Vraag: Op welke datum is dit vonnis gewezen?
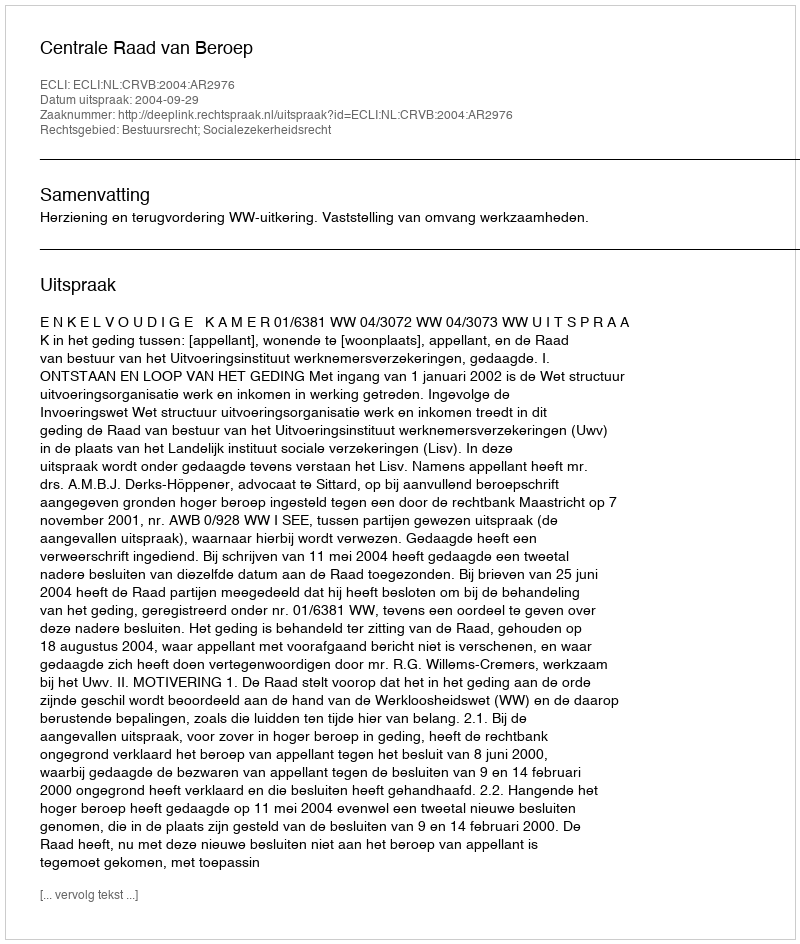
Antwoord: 2004-09-29